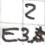
Text: E3.2